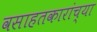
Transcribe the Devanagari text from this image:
वसाहतकारांच्या